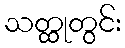
သတ္ထုတွင်း